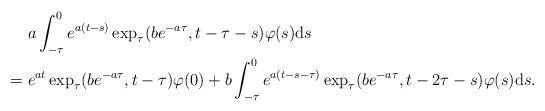
\begin{align*}&\phantom{=\;\;} a \int_{-\tau}^{0} e^{a(t - s)} \exp_{\tau}(b e^{-a \tau}, t - \tau - s) \varphi(s) \mathrm{d}s \\&= e^{at} \exp_{\tau}(b e^{-a \tau}, t - \tau) \varphi(0)+ b \int_{-\tau}^{0} e^{a(t - s - \tau)} \exp_{\tau}(b e^{-a \tau}, t - 2\tau - s) \varphi(s) \mathrm{d}s. \end{align*}